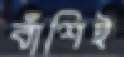
বাঁশিই